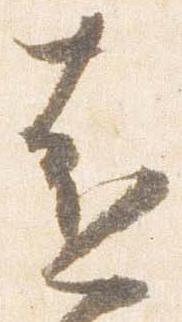
遠